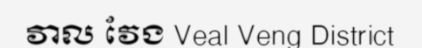
វាល វែង Veal Veng District